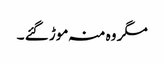
مگر وہ منہ موڑ گئے ۔